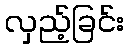
လှည့်ခြင်း